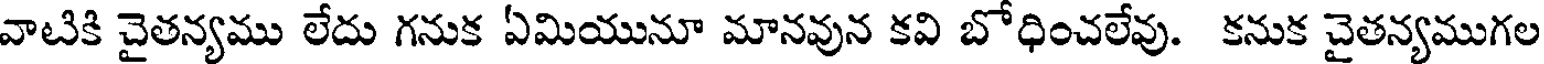
వాటికి చైతన్యము లేదు గనుక ఏమియునూ మానవున కవి బోధించలేవు. కనుక చైతన్యముగల